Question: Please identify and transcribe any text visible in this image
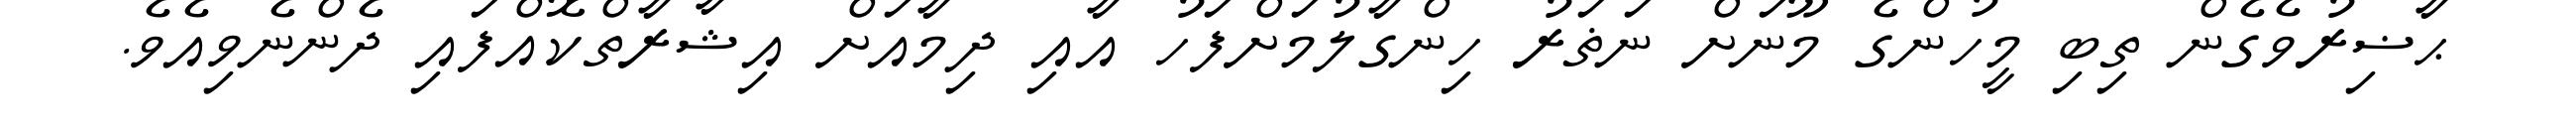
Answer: ޙާޟިރުވެގެން ތިބި މީހުންގެ މޫނަށް ނަޡަރު ހިންގާލުމަށްފަހު އާއި ދިމާއަށް އިޝާރާތްކޮއްފައި ދެންނެވިއެވެ.